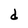
Character: d